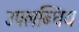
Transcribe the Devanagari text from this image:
उपलब्धिय